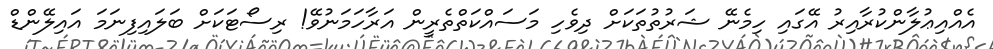
އެއްއިޢުލާންކުރާއިރު އޭގައި ހިމެނޭ ޝަރުތުތަކަށް ދިވެހި މަސައްކަތްތެރީން އަރާހަމަނުވޭ! ރިސޯޓަކަށް ބަލައިފިނަމަ އައިލޭންޑް